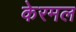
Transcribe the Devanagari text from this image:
केरमल